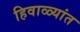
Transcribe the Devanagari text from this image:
हिवाळ्यांत